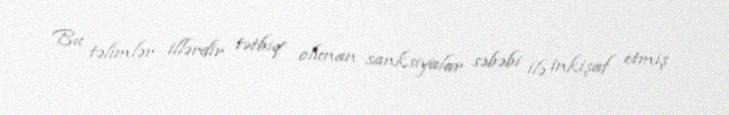
Bu təlimlər illərdir tətbiq olunan sanksiyalar səbəbi ilə inkişaf etmiş